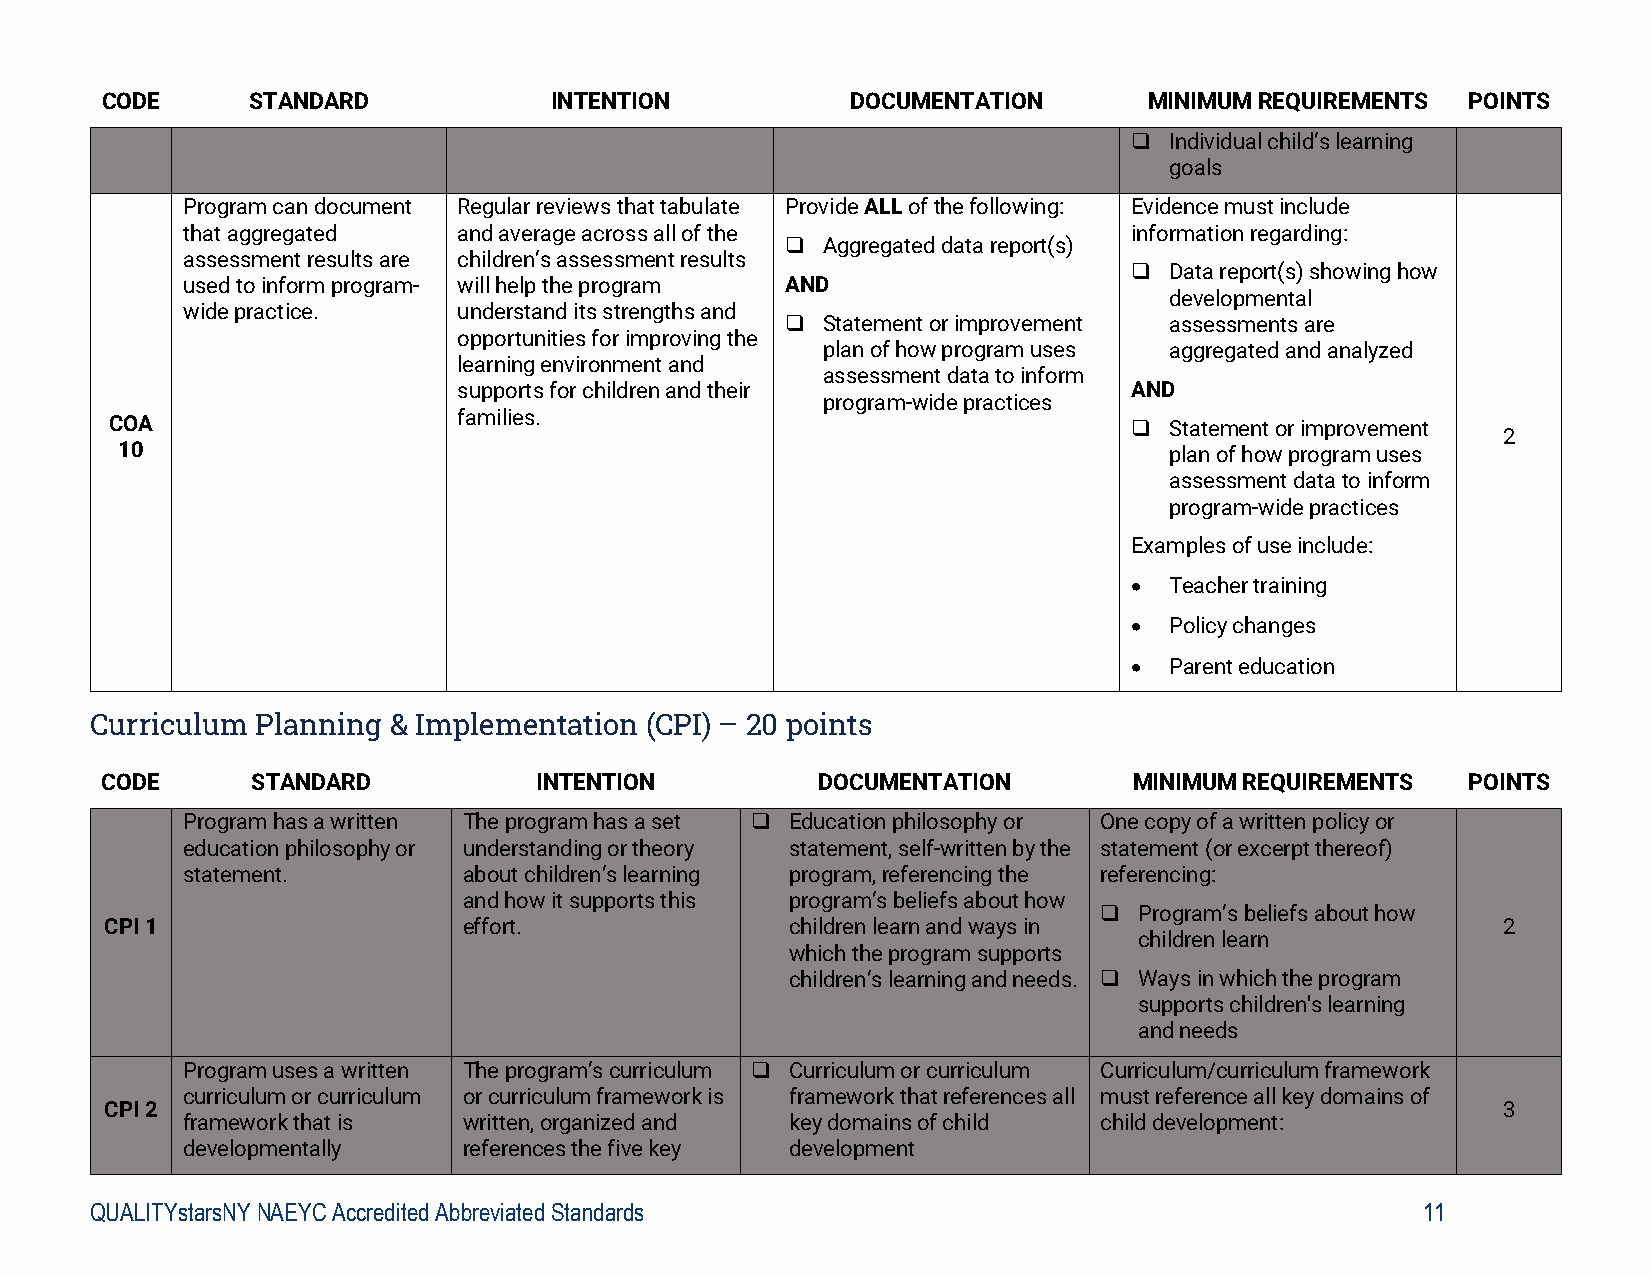
CODE     STANDARD            INTENTION           DOCUMENTATION       MINIMUM REQUIREMENTS POINTS
  Individual child’s learning
 goals
 Program can document Regular reviews that tabulate Provide ALL of the following: Evidence must include
 that aggregated   and average across all of the                information regarding:
  Aggregated data report(s)
 assessment results are children’s assessment results
  Data report(s) showing how
 used to inform program- will help the program AND
 developmental
 wide practice.    understand its strengths and
  Statement or improvement assessments are
 opportunities for improving the
 plan of how program uses aggregated and analyzed
 learning environment and
 assessment data to inform
 supports for children and their              AND
 program-wide practices
 COA                    families.                                     Statement or improvement
 2
 10                                                                   plan of how program uses
 assessment data to inform
 program-wide practices
 Examples of use include:
  Teacher training
  Policy changes
  Parent education
 Curriculum Planning & Implementation (CPI) – 20 points
 CODE      STANDARD          INTENTION          DOCUMENTATION        MINIMUM REQUIREMENTS  POINTS
 Program has a written The program has a set  Education philosophy or One copy of a written policy or
 education philosophy or understanding or theory statement, self-written by the statement (or excerpt thereof)
 statement.         about children’s learning program, referencing the referencing:
 and how it supports this program’s beliefs about how
  Program’s beliefs about how
 CPI 1                   effort.              children learn and ways in                     2
 children learn
 which the program supports
 children’s learning and needs.  Ways in which the program
 supports children's learning
 and needs
 Program uses a written The program’s curriculum  Curriculum or curriculum Curriculum/curriculum framework
 curriculum or curriculum or curriculum framework is framework that references all must reference all key domains of
 CPI 2                                                                                       3
 framework that is  written, organized and key domains of child child development:
 developmentally    references the five key development
 QUALITYstarsNY NAEYC Accredited Abbreviated Standards                                   11